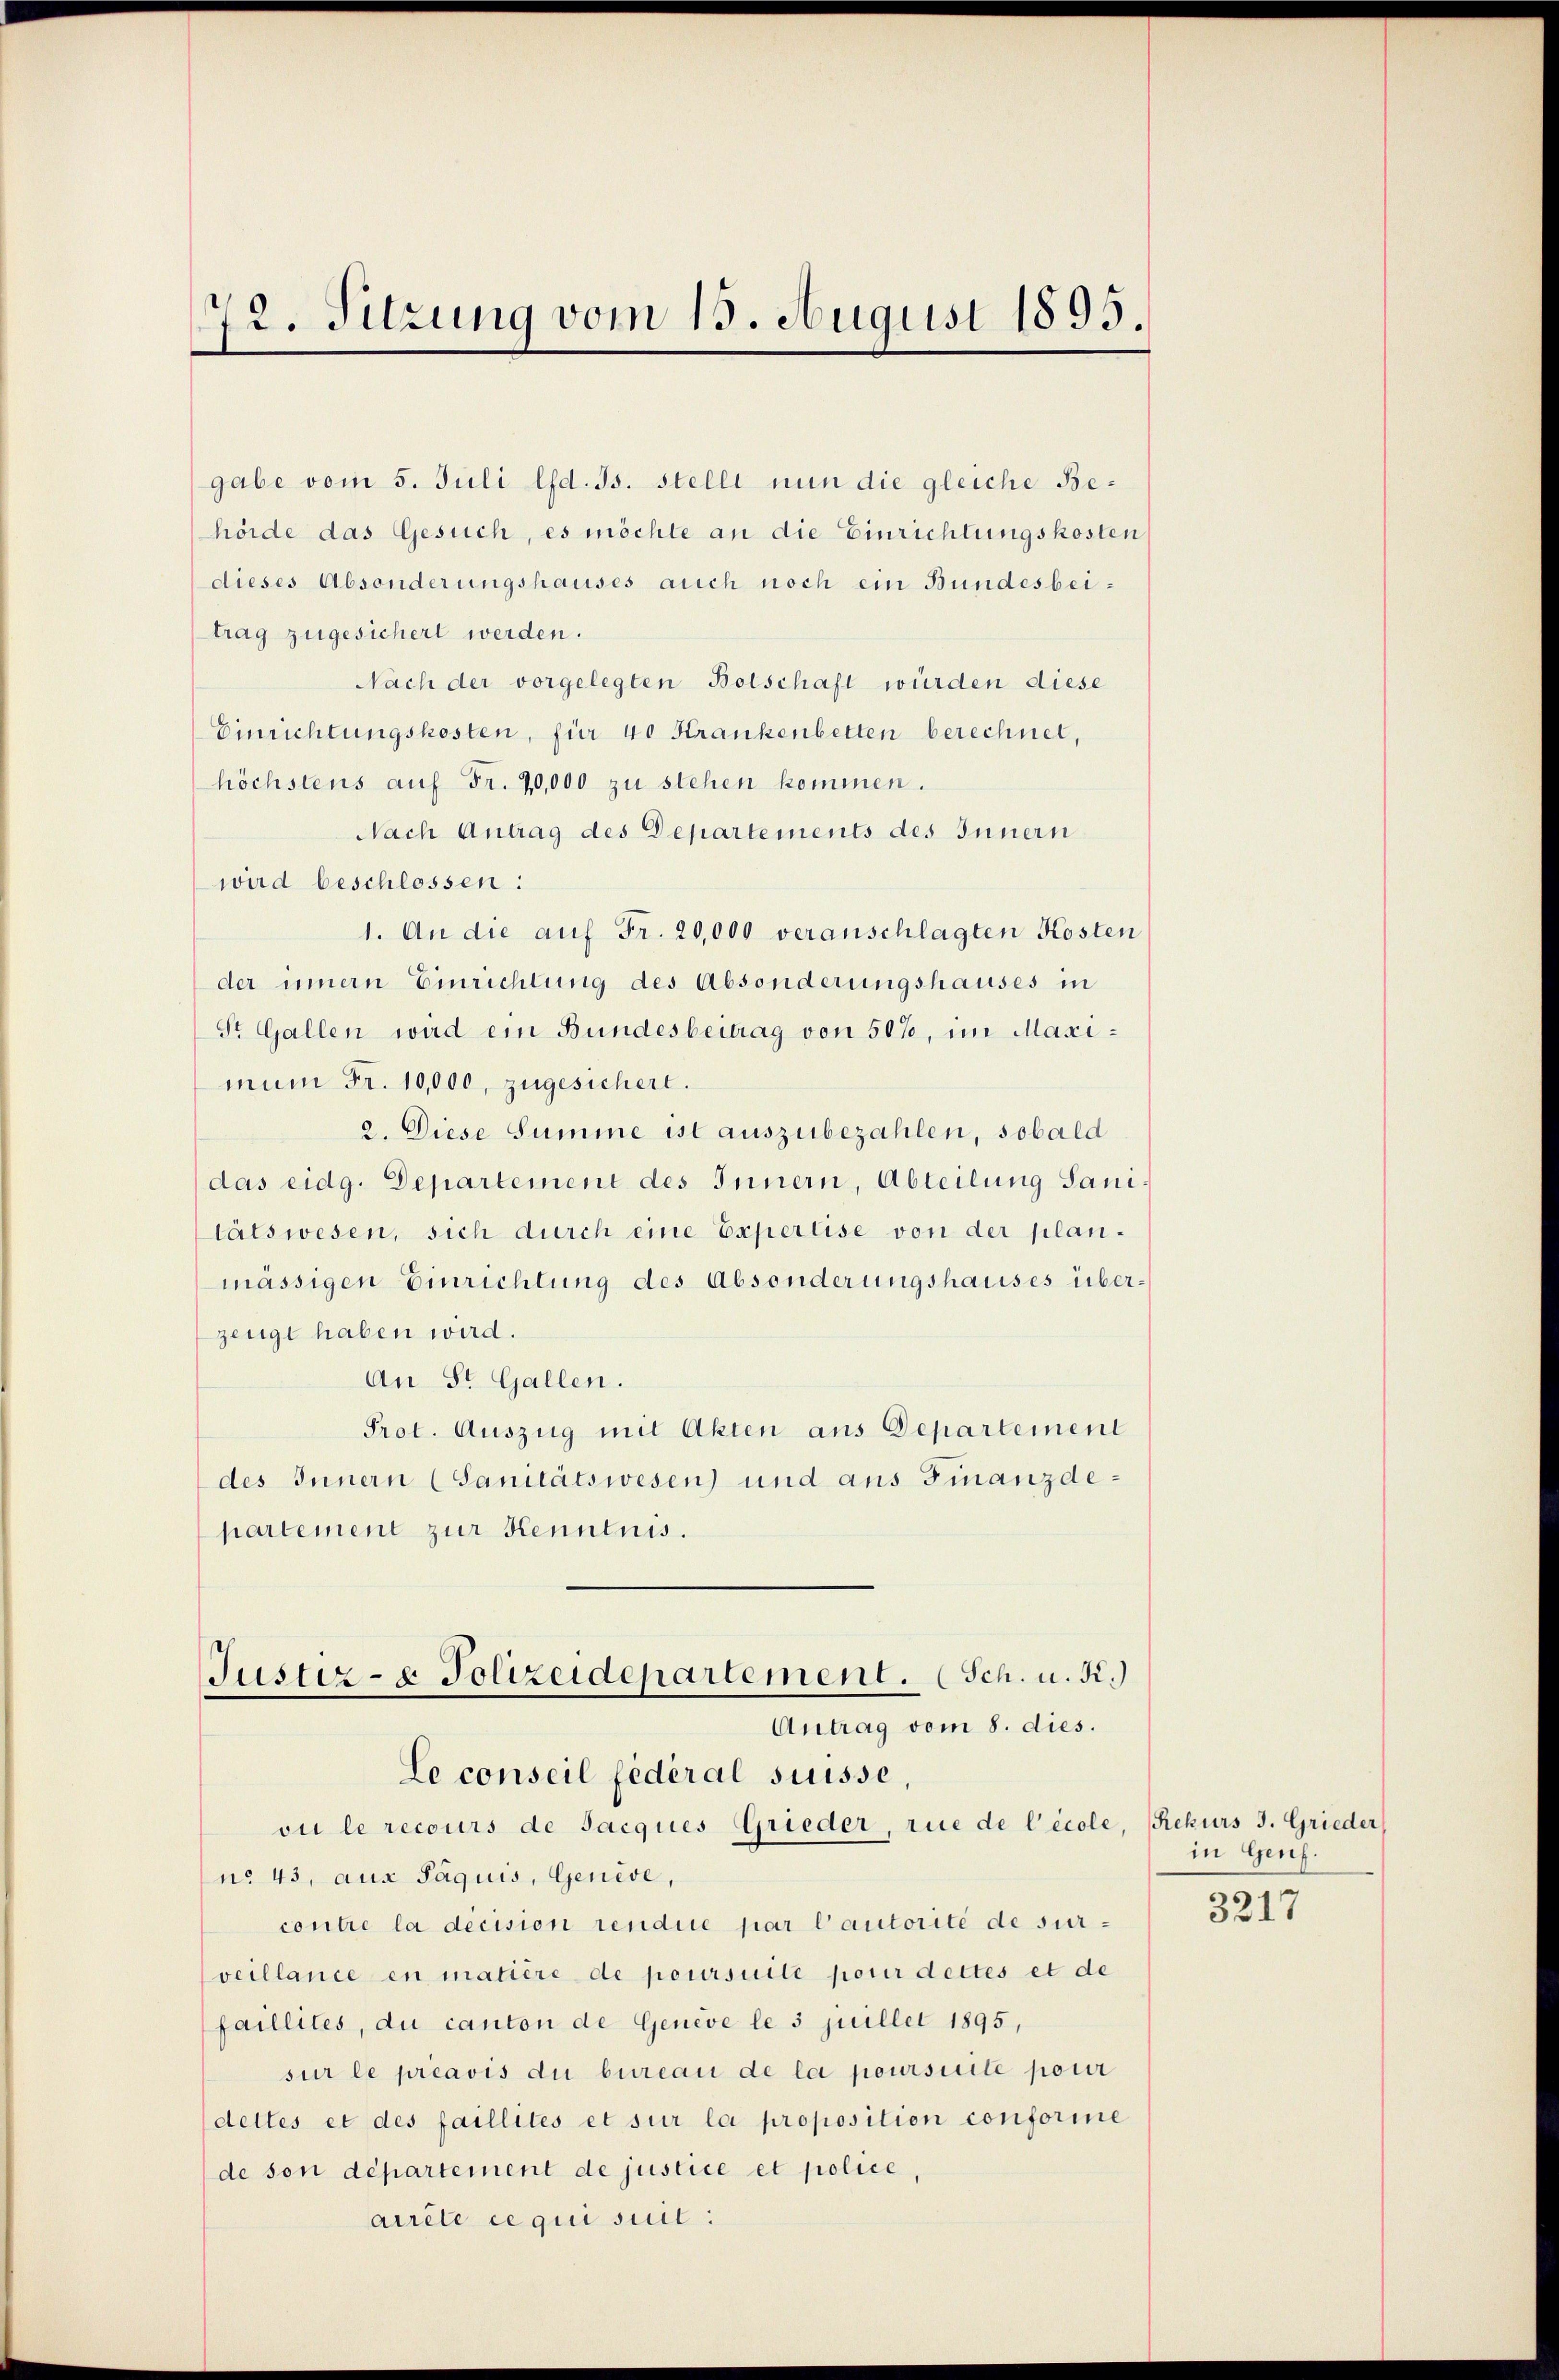
72. Sitzung vom 15. August 1895.

gabe vom 5. Juli lfd. Js. stellt nun die gleiche Behörde das Gesuch, es möchte an die Einrichtungskosten
dieses Absonderungshauses auch noch ein Bundesbeitrag zugesichert werden.
Nach der vorgelegten Botschaft würden diese
Einrichtungskosten, für 40 Krankenbetten berechnet,
höchstens auf Fr. 70,000 zu stehen kommen.
Nach Antrag des Departements des Innern
wird beschlossen:
1. An die auf Fr. 20,000 veranschlagten Kosten
der innern Einrichtung des Absonderungshauses in
St. Gallen wird ein Bundesbeitrag von 50%, im Maximum Fr. 10,000, zugesichert.
2. Diese Summe ist auszubezahlen, sobald
das eidg. Departement des Innern, Abteilung Sanitätswesen, sich durch eine Expertise von der planmässigen Einrichtung des Absonderungshauses überzeugt haben wird.
An St. Gallen.
Prot. Auszug mit Akten aus Departement
des Innern (Sanitätswesen) und aus Finanzdepartement zur Kenntnis.
Justiz- & Polizeidepartement. (Sch. u. K.)
Antrag vom 8. dies.
Le conseil fédéral suisse,
vi le recours de Jacques Grieder, rue de l’école, Rekurs J. Grieder
no 43, aux Paquis, Genève,
contre la décision rendice par l’autorité de surveillance en matière de poursuite pour dettes et de
faillites, du canton de Genève le 3 juillet 1895,
sur le préavis die bureau de la poursuite pour
dettes et des faillités et sur la proposition conforme
de son département de justice et police,
arrête ce qui suil:

in Genf.

3217